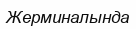
Жерминалында